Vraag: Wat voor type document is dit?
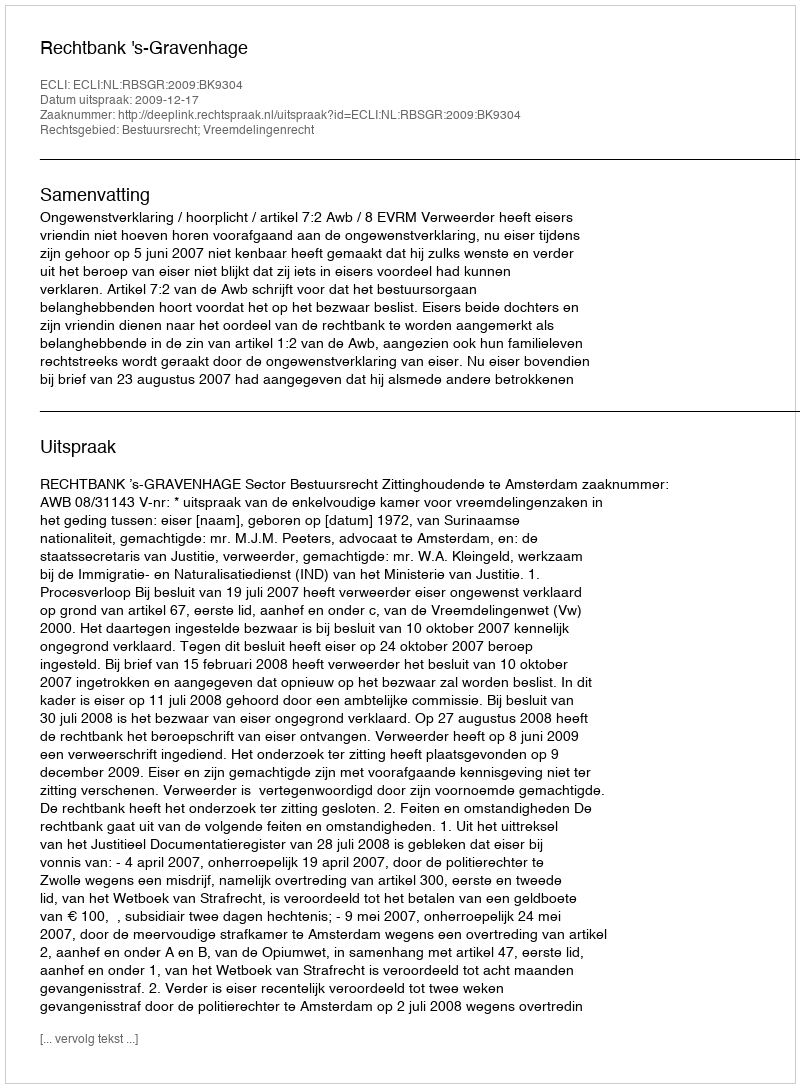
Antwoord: Uitspraak